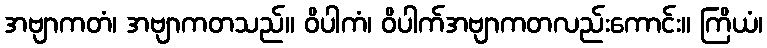
အဗျာကတံ၊ အဗျာကတသည်။ ဝိပါကံ၊ ဝိပါက်အဗျာကတလည်းကောင်း။ ကြိယံ၊